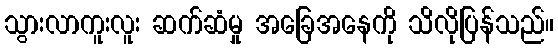
သွားလာကူးလူး ဆက်ဆံမှု အခြေအနေကို သိလိုပြန်သည်။